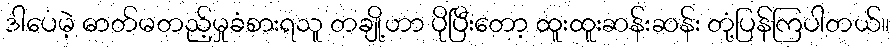
ဒါပေမဲ့ ဓာတ်မတည့်မှုခံစားရသူ တချို့ဟာ ပိုပြီးတော့ ထူးထူးဆန်းဆန်း တုံ့ပြန်ကြပါတယ်။